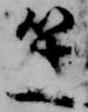
笙